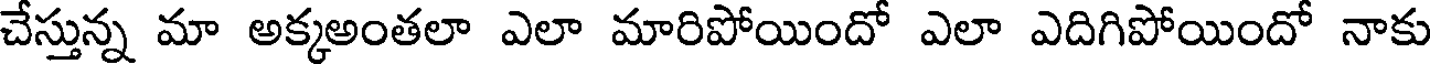
చేస్తున్న మా అక్కఅంతలా ఎలా మారిపోయిందో ఎలా ఎదిగిపోయిందో నాకు